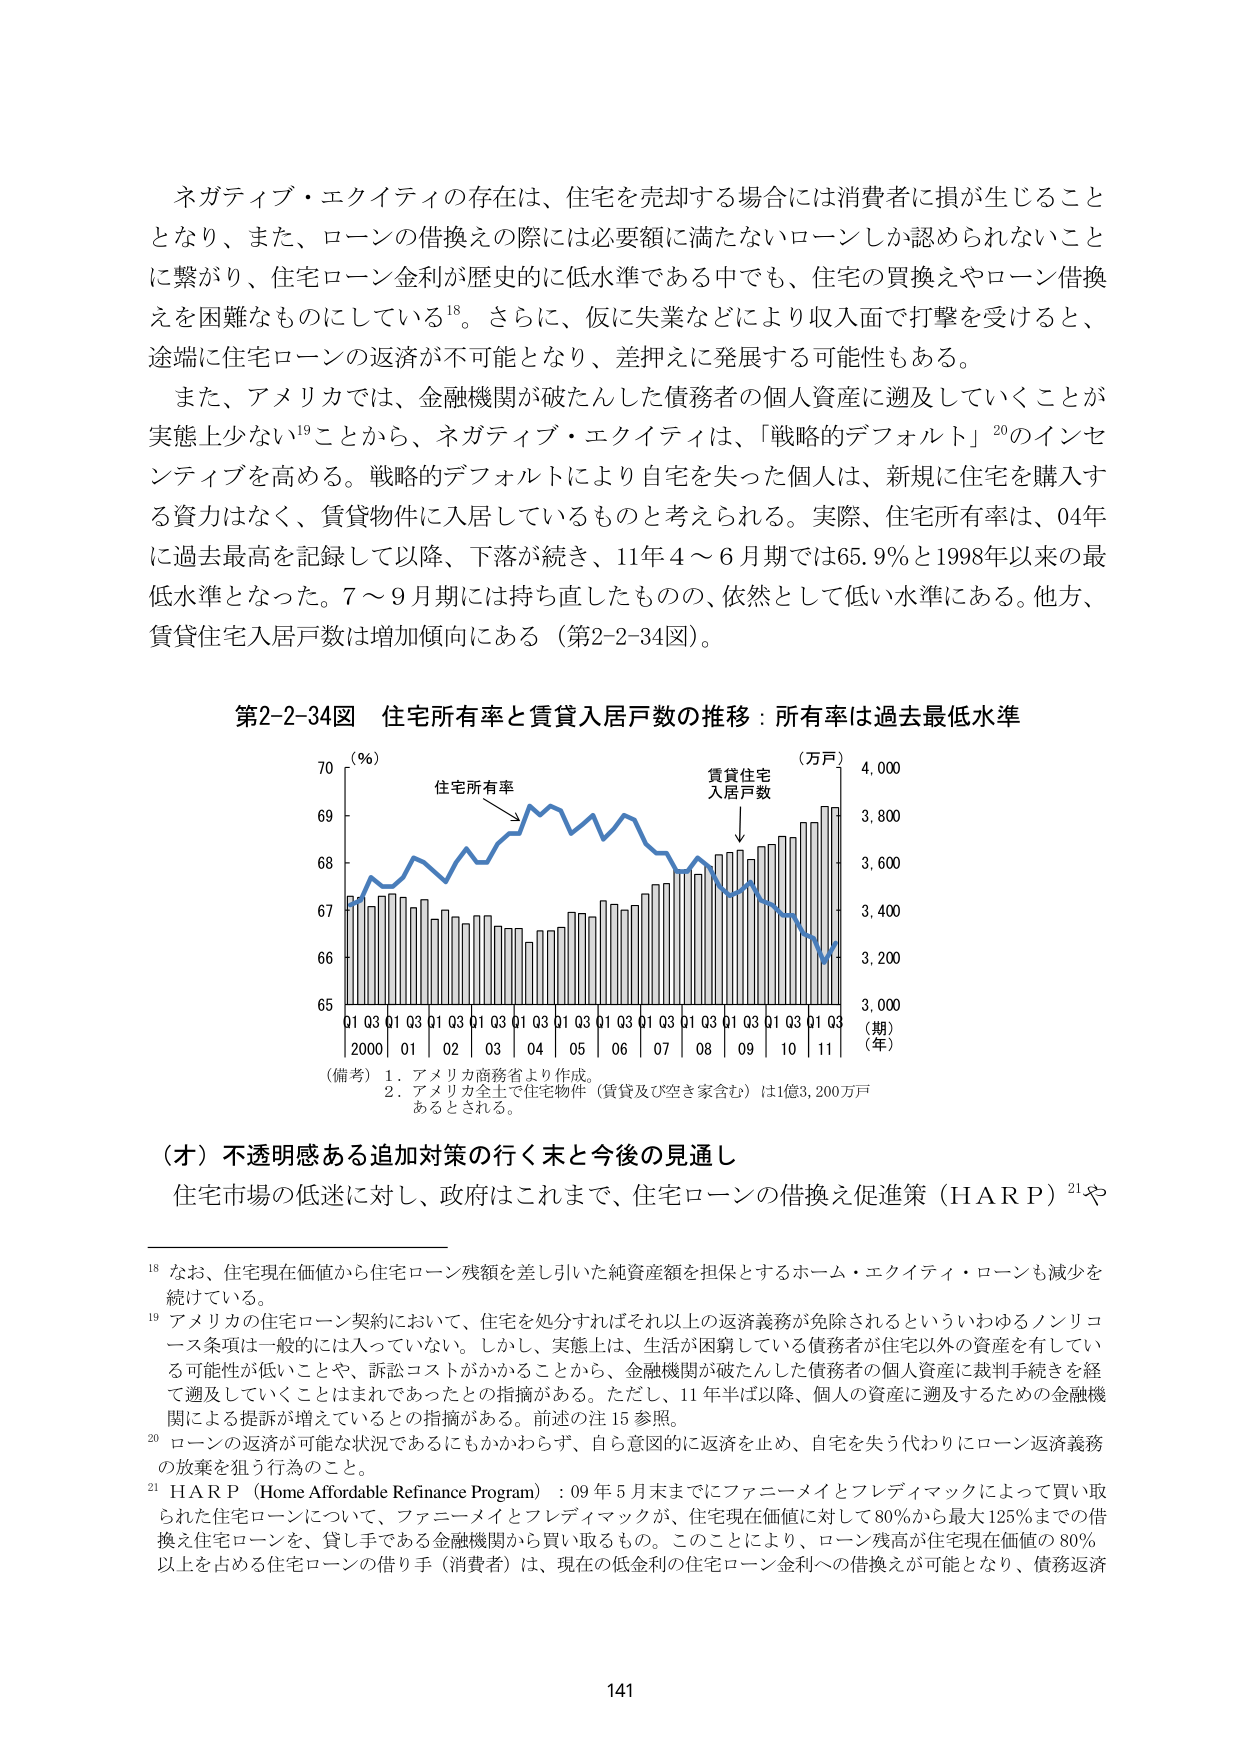
ネガティブ・エクイティの存在は、住宅を売却する場合には消費者に損が生じることとなり、また、ローンの借換えの際には必要額に満たないローンしか認められないことに繋がり、住宅ローン金利が歴史的に低水準である中でも、住宅の買換えやローン借換えを困難なものにしている¹⁸。さらに、仮に失業などにより収入面で打撃を受けると、途端に住宅ローンの返済が不可能となり、差押えに発展する可能性もある。

また、アメリカでは、金融機関が破たんした債務者の個人資産に遡及していくことが実態上少ない¹⁹ことから、ネガティブ・エクイティは、「戦略的デフォルト」²⁰のインセンティブを高める。戦略的デフォルトにより自宅を失った個人は、新規に住宅を購入する資力はなく、賃貸物件に入居しているものと考えられる。実際、住宅所有率は、04年に過去最高を記録して以降、下落が続き、11年4～6月期では65.9％と1998年以来の最低水準となった。7～9月期には持ち直したものの、依然として低い水準にある。他方、賃貸住宅入居戸数は増加傾向にある（第2-2-34図）。

第2-2-34図 住宅所有率と賃貸入居戸数の推移：所有率は過去最低水準

（％）　　　　　　　　　　　　　　　　　　　　（万戸）
　　　　　　　　　　　　　　　　　　　　　　　　4,000
　　　　　　　　　　　　　　　　　　　　　　　　3,800
　　　　　　　　　　　　　　　　　　　　　　　　3,600
　　　　　　　　　　　　　　　　　　　　　　　　3,400
　　　　　　　　　　　　　　　　　　　　　　　　3,200
　　　　　　　　　　　　　　　　　　　　　　　　3,000
　　　　　　　　　　　　　　　　　　　　　　　　（期）
　　　　　　　　　　　　　　　　　　　　　　　　（年）

（備考）1. アメリカ商務省より作成。
　　　　2. アメリカ全土で住宅物件（賃貸及び空き家含む）は1億3,200万戸あるとされる。

（オ）不透明感ある追加対策の行く末と今後の見通し

住宅市場の低迷に対し、政府はこれまで、住宅ローンの借換え促進策（HARP）²¹や

¹⁸ なお、住宅現在価値から住宅ローン残額を差し引いた純資産額を担保とするホーム・エクイティ・ローンも減少を続けている。

¹⁹ アメリカの住宅ローン契約において、住宅を処分すればそれ以上の返済義務が免除されるといういわゆるノンリコース条項は一般的には入っていない。しかし、実態上は、生活が困窮している債務者が住宅以外の資産を有している可能性が低いことや、訴訟コストがかかることから、金融機関が破たんした債務者の個人資産に裁判手続きを経て遡及していくことはまれであったとの指摘がある。ただし、11年半ば以降、個人の資産に遡及するための金融機関による提訴が増えているとの指摘がある。前述の注15参照。

²⁰ ローンの返済が可能な状況であるにもかかわらず、自ら意図的に返済を止め、自宅を失う代わりにローン返済義務の放棄を狙う行為のこと。

²¹ HARP（Home Affordable Refinance Program）：09年5月末までにファニーメイとフレディマックによって買い取られた住宅ローンについて、ファニーメイとフレディマックが、住宅現在価値に対して80％から最大125％までの借換え住宅ローンを、貸し手である金融機関から買い取るもの。このことにより、ローン残高が住宅現在価値の80％以上を占める住宅ローンの借り手（消費者）は、現在の低金利の住宅ローン金利への借換えが可能となり、債務返済

141